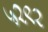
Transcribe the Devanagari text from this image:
५२९२